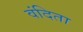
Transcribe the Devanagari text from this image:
वंदिता